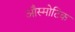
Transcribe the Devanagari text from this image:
औस्मोटिक